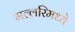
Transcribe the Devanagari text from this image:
मल्लरिमध्ये